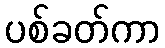
ပစ်ခတ်ကာ